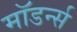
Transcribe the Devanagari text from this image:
मॉडर्न्स